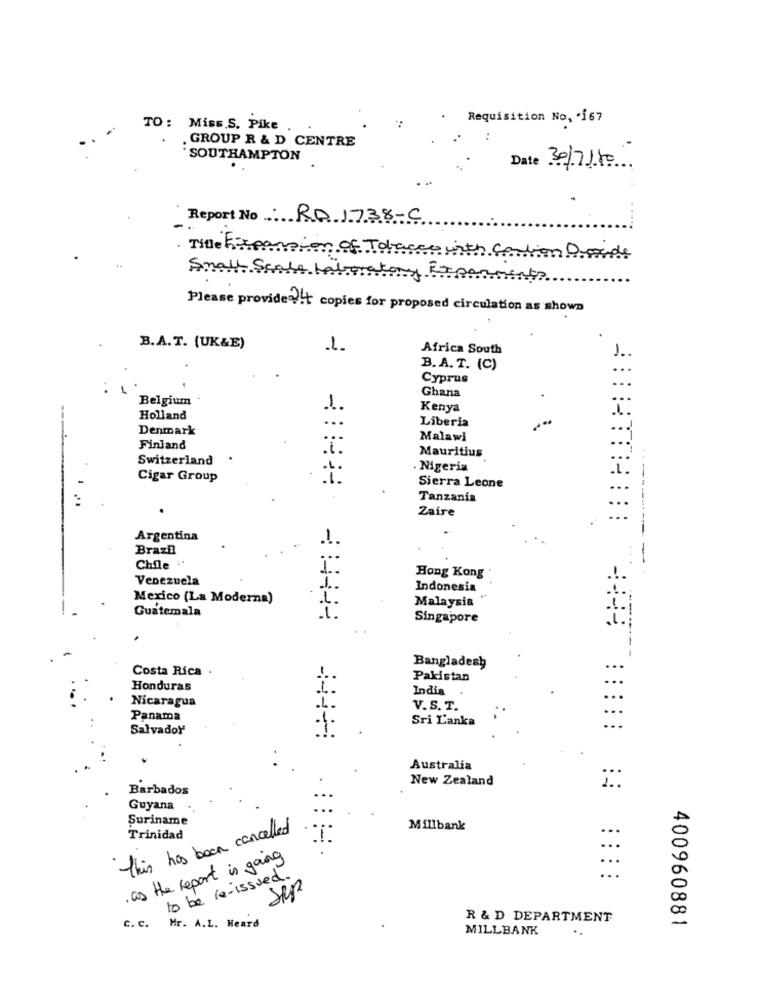
Requisition No, . i67
TO: Miss.S. Pike
. GROUP R & D CENTRE
SOUTHAMPTON
Date 30/7/80
Report No RO 1738-C
Title Expansion of Tobacco with Caution Donde
Small Scale Laboratory Exporments
Please provide ??! t copies for proposed circulation as shown
B.A.T. (UK&E)
Africa South
B.A.T. (C)
Cyprus
Ghana
Belgium
Kenya
....
Holland
Liberia
Denmark
...
...
Malawi
Finland
.t.
Mauritius
Switzerland
Nigeria
Cigar Group
.1.
Sierra Leone
Tanzania
Zaire
----------
Argentina
.1.
Brazi
Chile :'
Venezuela
Hong Kong
Indonesia
Mexico (La Moderna)
Malaysia '
Guatemala
Singapore
Costa Rica
Bangladesh
Pakistan
Honduras
India
Nicaragua
V.S. T.
Panama
Sri Lanka
SalvadoY
Australia
New Zealand
Barbados
::
Guyana
Suriname
this has been cancelled
Millbank
Trinidad
. as the report is going
to be re-issued
C. c.
Mr. A.L. Heard
R & D DEPARTMENT
MILLBANK
400960881